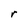
Character: r